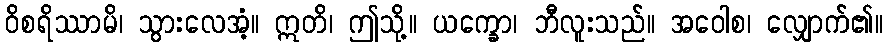
ဝိစရိဿာမိ၊ သွားလေအံ့။ ဣတိ၊ ဤသို့။ ယက္ခော၊ ဘီလူးသည်။ အဝေါစ၊ လျှောက်၏။